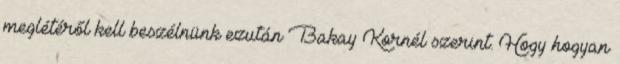
meglétéről kell beszélnünk ezután Bakay Kornél szerint. Hogy hogyan